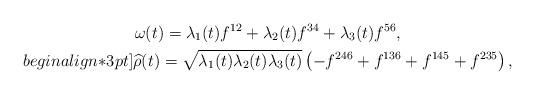
LaTeX: \begin{gather*}\omega (t) = \lambda_1(t)f^{12}+\lambda_2(t)f^{34}+\lambda_3(t)f^{56},\\begin{align*}3pt]\widehat \rho(t)=\sqrt{\lambda_1(t)\lambda_2(t)\lambda_3(t)}\left(-f^{246}+f^{136}+f^{145}+f^{235}\right),\\\end{gather*}